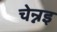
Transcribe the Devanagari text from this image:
चेन्नइ